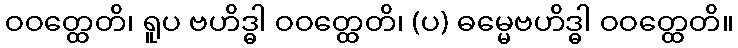
ဝဝတ္ထေတိ၊ ရူပ ဗဟိဒ္ဓါ ဝဝတ္ထေတိ၊ (ပ) ဓမ္မေဗဟိဒ္ဓါ ဝဝတ္ထေတိ။